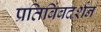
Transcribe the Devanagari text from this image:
प्रतिबिंबदर्शन